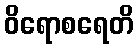
ဝိရောစရေတိ